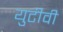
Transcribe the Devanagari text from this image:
युटीवी